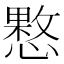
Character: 𢡑